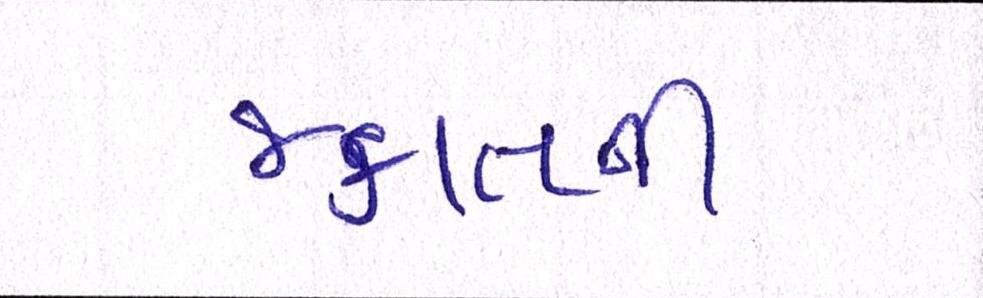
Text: જકાતની